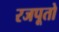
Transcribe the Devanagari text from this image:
रजपूतो